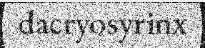
dacryosyrinx